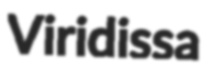
Viridissa